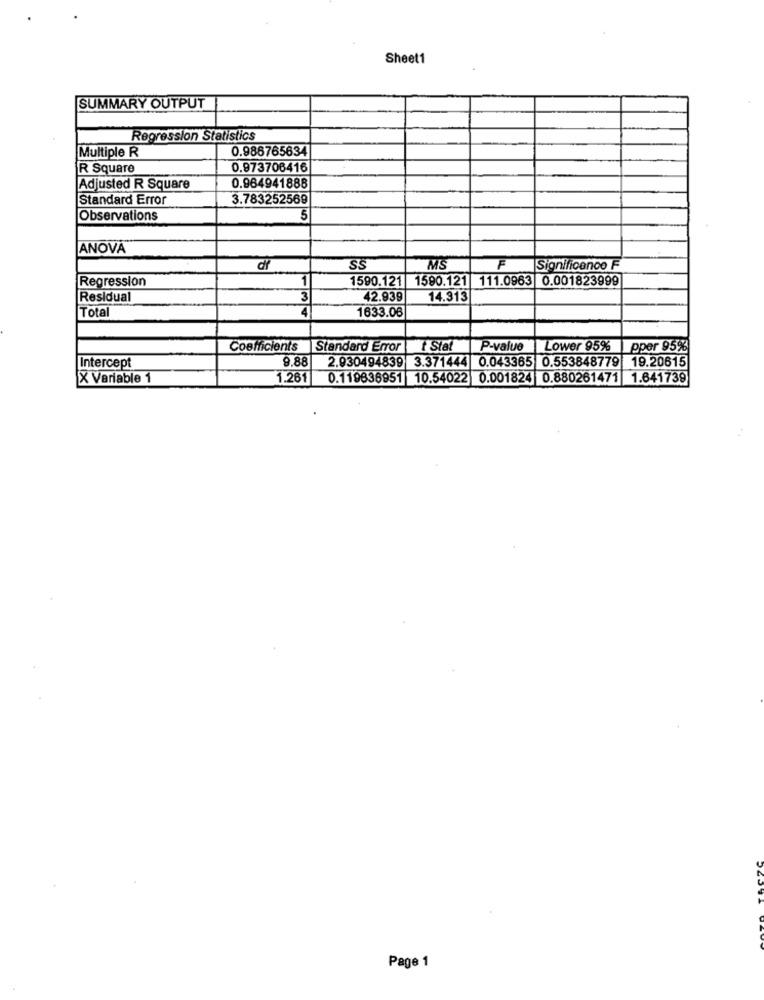
Sheet1
SUMMARY OUTPUT
Regression Statistics
0.986765634
Multiple R
R Square
0.973706416
Adjusted R Square
0.964941888
Standard Error
3.783252569
Observations
5
ANOVA
SS
MS
F
Significance F
Regression
1
1590.121 1590.121 111.0963 0.001823999
Residual
3
42.939
14.313
Total
1633.06
Coefficients
Standard Error
t Stat
P-value
Lower 95%
pper 95%
9.88
2.930494839 3.371444 0.043365 0.553848779 19.20615
Intercept
X Variable 1
1.261
0.119836951 10.54022 0.001824 0.880261471 1.641739
Page 1